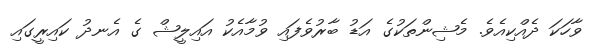
ވާހަކަ ދެއްކިއެވެ. މެޝިންތަކުގެ އަޑު ބާރުވެފައި ވުމާއެކު އައިލީޝް ގެ އެނދު ކައިރީގައި